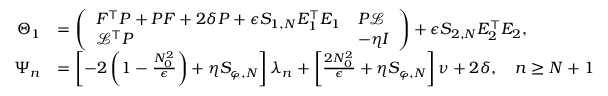
\begin{array} { r l } { \Theta _ { 1 } } & { = \left( \begin{array} { l l } { F ^ { \top } P + P F + 2 \delta P + \epsilon S _ { 1 , N } E _ { 1 } ^ { \top } E _ { 1 } } & { P \mathcal { L } } \\ { \mathcal { L } ^ { \top } P } & { - \eta I } \end{array} \right) + \epsilon S _ { 2 , N } E _ { 2 } ^ { \top } E _ { 2 } , } \\ { \Psi _ { n } } & { = \left[ - 2 \left( 1 - \frac { N _ { 0 } ^ { 2 } } { \epsilon } \right) + \eta S _ { \varphi , N } \right] \lambda _ { n } + \left[ \frac { 2 N _ { 0 } ^ { 2 } } { \epsilon } + \eta S _ { \varphi , N } \right] \nu + 2 \delta , \quad n \geq N + 1 } \end{array}